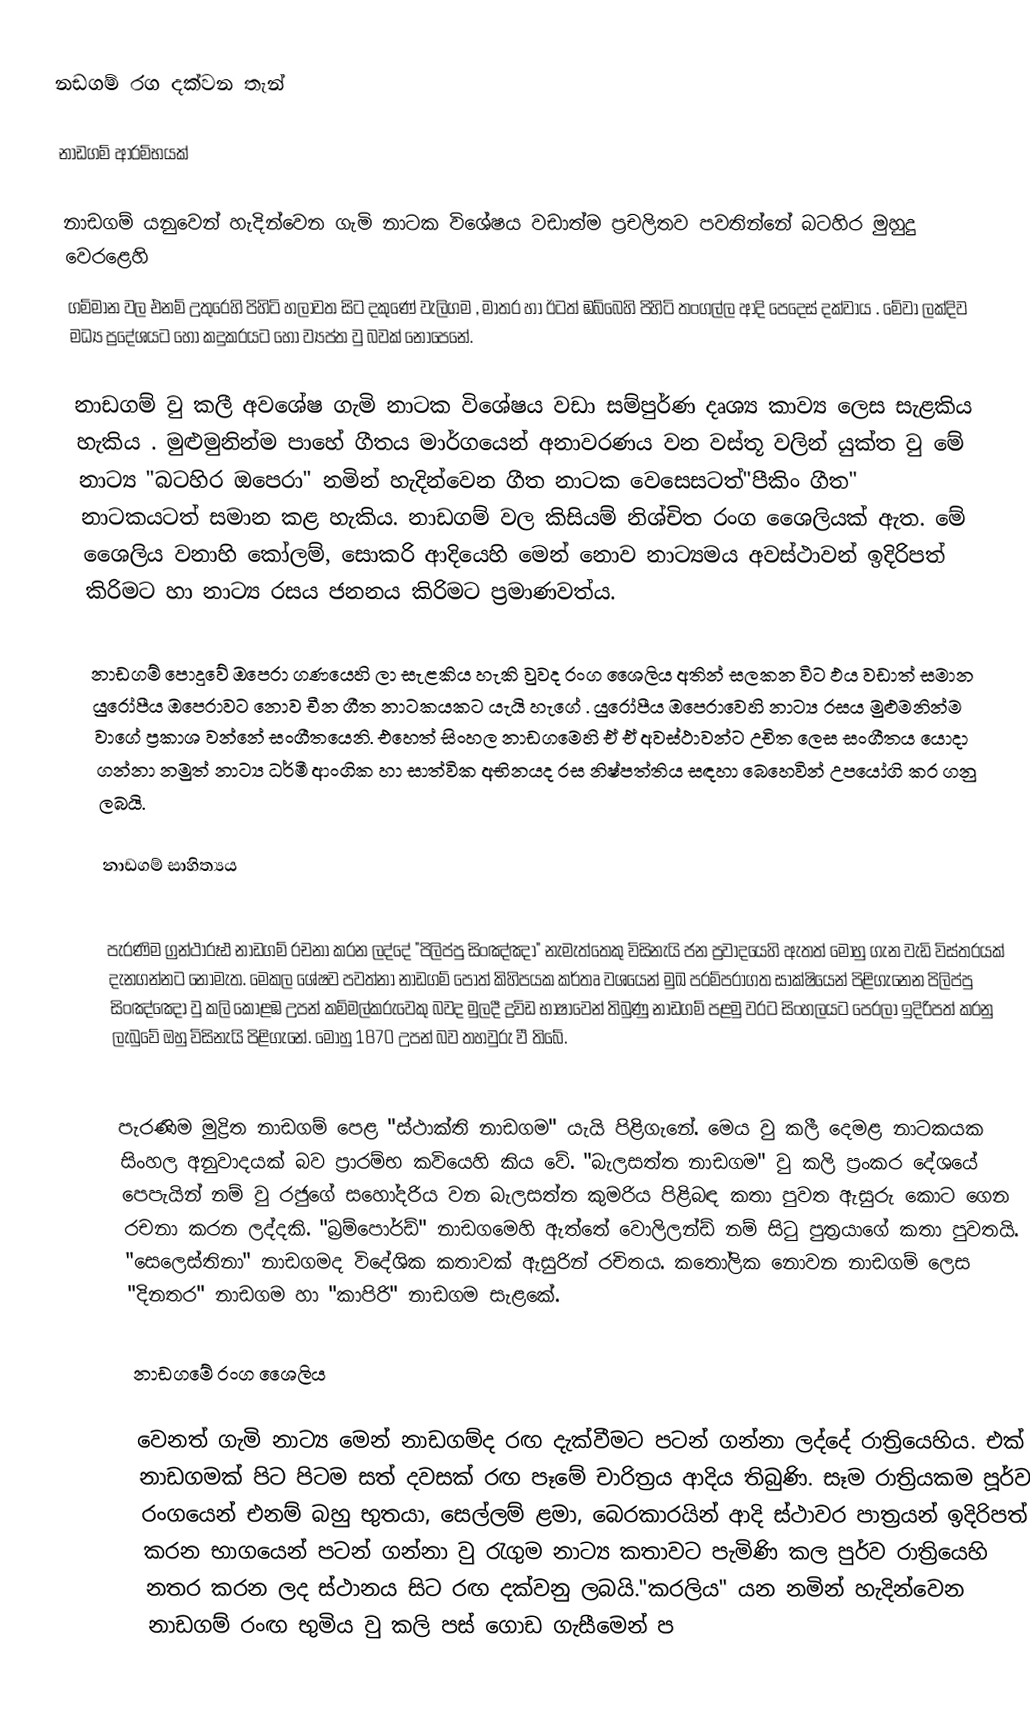
නඩගම් රග දක්වන තැන්

නාඩගම් ආරම්භයක්

	   නාඩගම් යනු‍වෙන් හැදින්වෙන ගැමි නාටක විශේෂය වඩාත්ම ප්‍රචලිතව පවතින්නේ බටහිර මුහුදු වෙරළෙහි
ගම්මාන වල එනම් උතුරෙහි පිහිටි හලාවත සිට දකුණේ වැලිගම , මාතර හා ඊටත් ඹබ්බෙහි පිහිටි තංගල්ල ආදි පෙදෙස් දක්වාය . මේවා ලක්දිව ‍මධ්‍ය ප්‍රදේශයට හෝ කදුකරයට හෝ ව්‍යප්ත වු බවක් නොපෙනේ.

	නාඩගම් වු කලී අව‍ශේෂ ගැමි නාටක  විශේෂය වඩා සම්පුර්ණ දෘශ්‍ය කාව්‍ය ලෙස සැළකිය හැකිය . මුළුමුනින්ම පාහේ ගීතය මාර්ගයෙන් අනාවරණය වන වස්තූ වලින් යුක්ත වු මේ නාට්‍ය "බටහිර ඔපෙරා" නමින් හැදින්වෙන ගීත නාටක වෙසෙසටත්"පීකිං ගීත" නාටකයටත් සමාන කළ හැකිය. නාඩගම් වල කිසියම් නිශ්චිත රංග ශෛලියක් ඇත. මේ ශෛලිය වනාහි කෝලම්, සොකරි ආදියෙහි මෙන් නොව නාට්‍යමය අවස්ථාවන් ඉදිරිපත් කිරිමට හා නාට්‍ය රසය ජනනය කිරිමට ප්‍රමාණවත්ය.

	නාඩගම් පොදුවේ ඔපෙරා ගණයෙහි ලා සැළකිය හැකි වුවද රංග ශෛලිය අතින් සලකන විට ඵය වඩාත් සමාන යුරෝපීය ඔපෙරාවට නොව චීන ගීත නාටකයකට යැයි හැගේ . යුරෝපීය ඔපෙරාවෙහි නාට්‍ය රසය මුළුමනින්ම වාගේ ප්‍රකාශ වන්නේ සංගීතයෙනි. එහෙත් සිංහල නාඩගමෙහි ඒ ඒ අවස්ථාවන්ට උචිත ලෙස සංගීතය යොදා ගන්නා නමුත් නාට්‍ය ධර්මී ආංගික හා සාත්වික අභිනයද රස නිෂ්පත්තිය සඳහා බෙහෙවින් උපයෝගි කර ගනු ලබයි.

නාඩගම් සාහිත්‍යය

	පැරණිම ග්‍රන්ථාරූඪ නාඩගම් රචනා කරන ලද්දේ "පිලිප්පු සිංඤ්ඤා" නැමැත්තෙකු විසිනැයි ජන ප්‍රවාදයෙහි ඇතත් මොහු ගැන වැඩි විස්තරයක් දැනගන්නට නොමැත. මෙකල ශේෂව පවත්නා නාඩගම් පොත් කිහිපයක කර්තෘ වශයෙන් මුඛ පරම්පරාගත සාක්ෂියෙන් පිළිගැනෙන පිලිප්පු සිංඤ්ඤො වු කලි කොළඹ උපන් කම්මල්කරුවෙකු බවද මුලදී ද්‍රවිඩ භාෂාවෙන් තිබුණු  නාඩගම් පළමු වරට සිංහලයට පෙරලා ඉදිරිපත් කරනු ලැබුවේ ඔහු විසිනැයි පිළිගැනේ. මොහු 1870 උපන් බව තහවුරු වී තිබේ.

	පැරණිම මුද්‍රිත නාඩගම් පෙළ "ස්ථාක්ති නාඩගම" යැයි පිළිගැනේ. මෙය වු කලී දෙමළ නාටකයක සිංහල අනුවාදයක් බව ප්‍රාරම්භ කවියෙහි කිය වේ. "බැලසත්ත නාඩගම" වු කලි ප්‍රංකර දේශයේ පෙපැයින් නම් වු රජුගේ සහෝදරිය වන බැලසත්ත කුමරිය පිළිබඳ කතා පුවත ඇසුරු කොට ගෙන රචනා කරන ලද්දකි. "බ්‍රම්පොර්ඩ්" නාඩගමෙහි ඇත්තේ වොලිලන්ඩ් නම් සිටු පුත්‍රයා‍ගේ  කතා පුවතයි. "සෙලෙස්තිනා" නාඩගමද විදේශික කතාවක් ඇසුරින් රචිතය. කතෝලික නොවන නාඩගම් ලෙස "දිනතර" නාඩගම හා "කාපිරි" නාඩගම සැළ‍‍කේ.

නාඩගමේ රංග ශෛලිය

	වෙනත් ගැමි නාට්‍ය මෙන් නාඩගම්ද රඟ දැක්වීමට පටන් ගන්නා ලද්දේ රාත්‍රියෙහිය. එක් නාඩගමක් පිට පිටම සත් දවසක් රඟ පෑමේ චාරිත්‍රය ආදිය තිබුණි. සෑම රාත්‍රියකම පූර්ව රංගයෙන් එනම් බහු භුතයා, සෙල්ලම් ළමා, බෙරකාරයින් ආදි ස්ථාවර පාත්‍රයන් ඉදිරිපත් කරන භාගයෙන් පටන් ගන්නා වු රැගුම නාට්‍ය කතාවට පැමිණි කල පුර්ව රාත්‍රියෙහි නතර කරන ලද ස්ථානය සිට රඟ දක්වනු ලබයි."කරලිය" යන නමින් හැදින්වෙන නාඩගම් රංඟ භුමිය වු කලි පස් ගොඩ ගැසීමෙන් ප